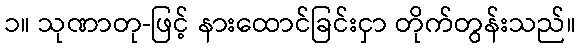
၁။ သုဏာတု-ဖြင့် နားထောင်ခြင်းငှာ တိုက်တွန်းသည်။